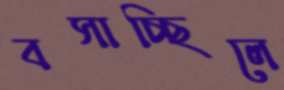
বসাচ্ছিলে